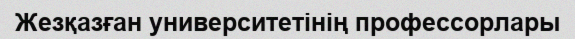
Жезқазған университетінің профессорлары